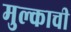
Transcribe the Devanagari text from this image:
मुल्काची